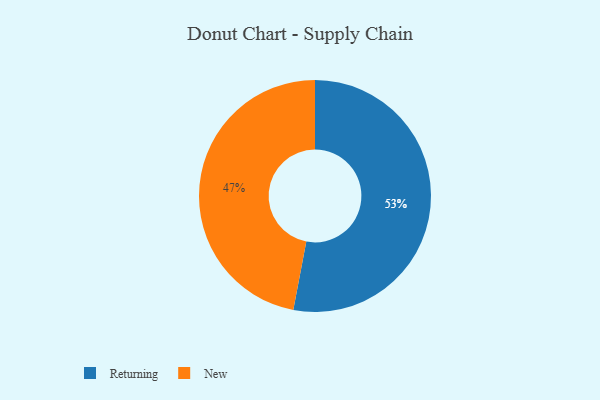
{"axis": {"x": "Category", "y": "Percentage"}, "legend": ["New", "Returning"], "data": [{"x": "Returning", "y": 53, "type": "Returning"}, {"x": "New", "y": 47, "type": "New"}]}